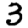
Digit: 3